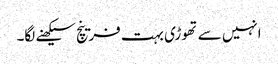
انہیں سے تھوڑی بہت فرینچ سیکھنے لگا۔